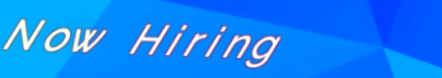
Now Hiring